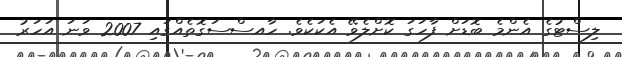
ލިސްޓުގެ އެންމެ ބޮޑަށް ފާހަގަ ކޮށްލެވޭ އެކަކެވެ. ހާއސްސަގޮތެއްގައި 2007 ވަނަ އަހަރު